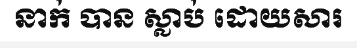
នាក់ បាន ស្លាប់ ដោយសារ